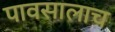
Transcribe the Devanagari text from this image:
पावसालाच